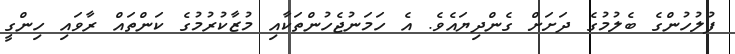
ފުލުހުންގެ ބެލުމުގެ ދަށަށް ގެންދިޔައެވެ. އެ ހަމަނުޖެހުންތަކާއި މުޒާކުރުމުގެ ކަންތައް ރާވައި ހިންގީ